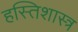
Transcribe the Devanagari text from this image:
हस्तिशास्त्र